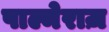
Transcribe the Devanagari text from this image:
पाल्मेराज़